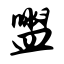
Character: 盥